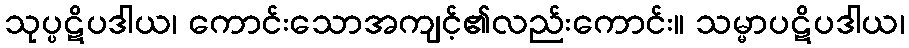
သုပ္ပဋိပဒါယ၊ ကောင်းသောအကျင့်၏လည်းကောင်း။ သမ္မာပဋိပဒါယ၊